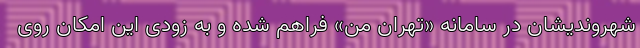
شهروندیشان در سامانه «تهران من» فراهم شده و به زودی این امکان روی